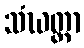
သံဃတ္တာ